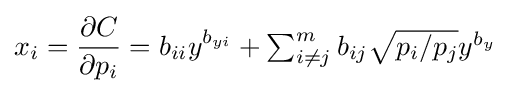
x_{i}={\partial C \over \partial p_{i}}=b_{ii}y^{b_{yi}}+\textstyle \sum _{i\neq j}^{m}b_{ij}{\sqrt {p_{i}/p_{j}}}y^{b_{y}}